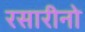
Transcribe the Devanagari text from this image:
रसारीनो